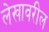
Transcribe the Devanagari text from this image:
लेखावरील